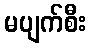
မပျက်စီး